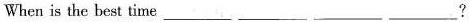
When is the best time___ ___ ___ ___?